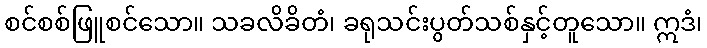
စင်စစ်ဖြူစင်သော။ သခလိခိတံ၊ ခရုသင်းပွတ်သစ်နှင့်တူသော။ ဣဒံ၊